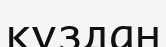
құздан